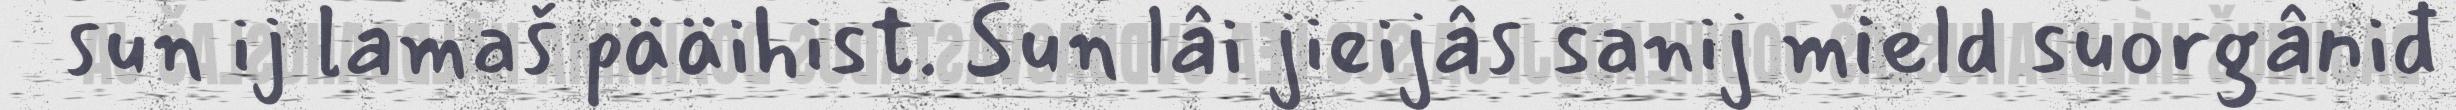
sun ij lamaš pääihist. Sun lâi jieijâs sanij mield suorgâniđ